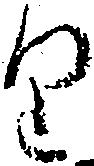
り